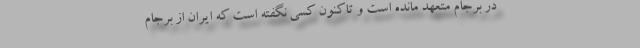
در برجام متعهد مانده است و تاکنون کسی نگفته است که ایران از برجام